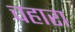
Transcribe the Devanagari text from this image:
चहारा